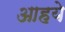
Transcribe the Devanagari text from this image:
आहये